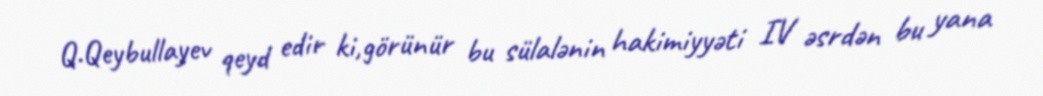
Q.Qeybullayev qeyd edir ki,görünür bu sülalənin hakimiyyəti IV əsrdən bu yana